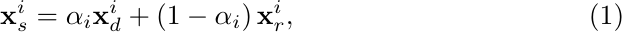
\begin{equation}
	\mathbf{x}_{s}^{i}=\alpha_i\mathbf{x}_{d}^{i}+\left(1-\alpha_i\right)\mathbf{x}_{r}^{i},
\end{equation}